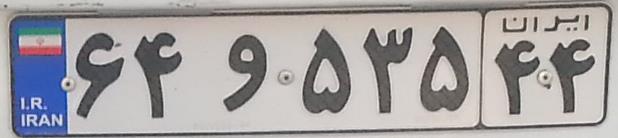
۶۴و۵۳۵۴۴